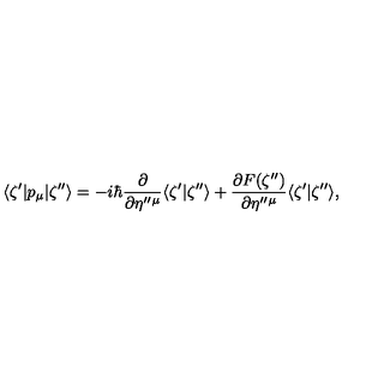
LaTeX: \langle \zeta ^ { \prime } | p _ { \mu } | \zeta ^ { \prime \prime } \rangle = - i \hbar \frac { \partial } { \partial \eta ^ { \prime \prime } { } ^ { \mu } } \langle \zeta ^ { \prime } | \zeta ^ { \prime \prime } \rangle + \frac { \partial F ( \zeta ^ { \prime \prime } ) } { \partial \eta ^ { \prime \prime } { } ^ { \mu } } \langle \zeta ^ { \prime } | \zeta ^ { \prime \prime } \rangle ,